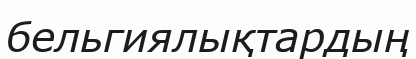
бельгиялықтардың